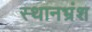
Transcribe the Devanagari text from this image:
स्थानभ्रंश